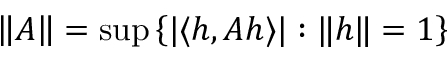
\left\| A \right\| = \operatorname* { s u p } \left\{ | \langle h , A h \rangle | : \| h \| = 1 \right\}